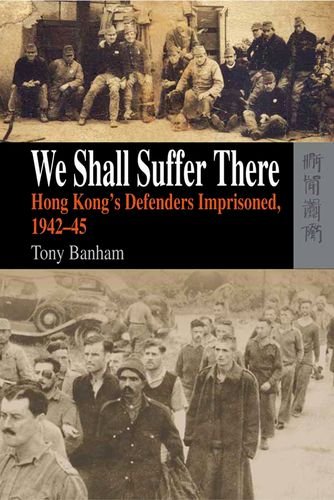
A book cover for We Shall Suffer There: Hong Kong's Defenders Imprisoned, 1942-45; Tony Banham; History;